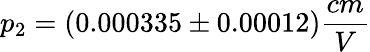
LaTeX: p_{2}=(0.000335\pm 0.00012)\frac{cm}{V}